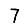
Digit: 7